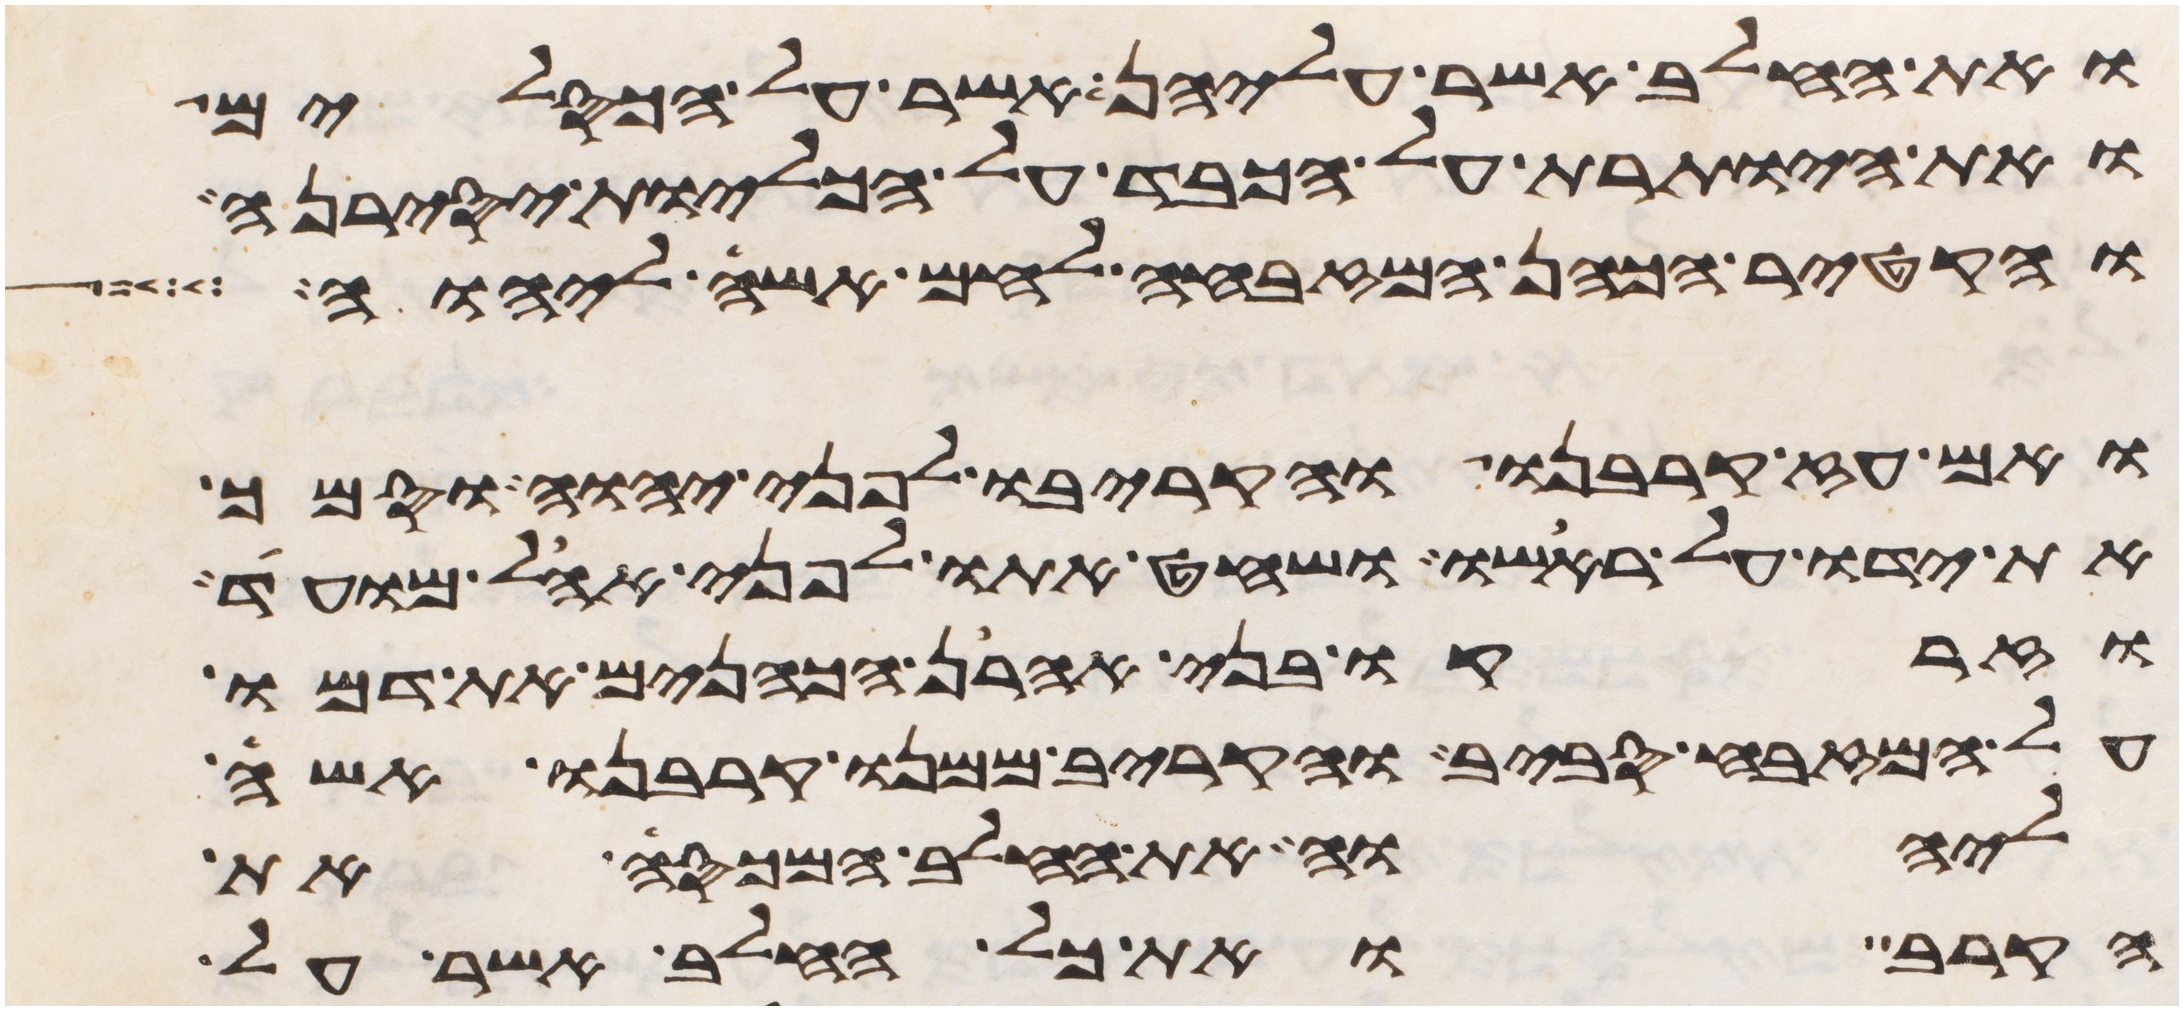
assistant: ואת החלב אשר עליהן אשר על הכסלים
ואת היותרת על הכבד על הכליות יסירנה
והקטיר הכהן המזבחה לחם אשה ליהוה
ואם עז קרבנו והקריבו לפני יהוה וסמך
את ידו על ראשו ושחט אתו לפני אהל מועד
וזרקו בני אהרן הכהנים את דמו
על המזבח סביב והקריב ממנו קרבנו אשה
ליהוה את החלב המכסה את
הקרב ואת כל החלב אשר על